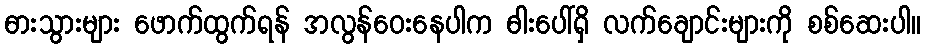
ဓားသွားများ ဖောက်ထွက်ရန် အလွန်ဝေးနေပါက ဓါးပေါ်ရှိ လက်ချောင်းများကို စစ်ဆေးပါ။